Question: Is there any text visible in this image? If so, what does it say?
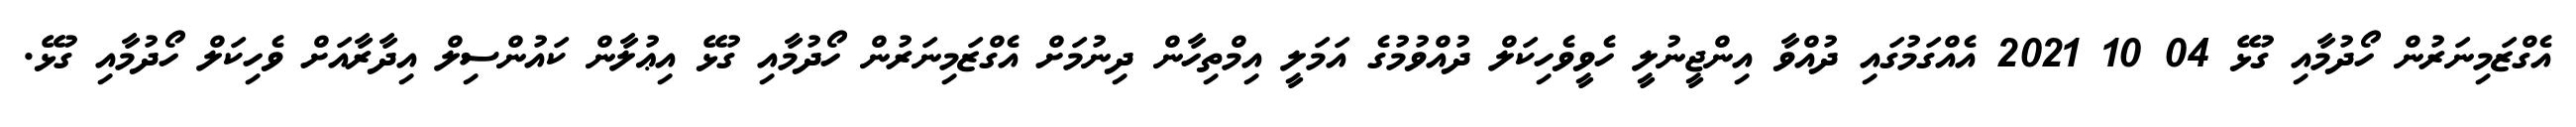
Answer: އެގްޒަމިނަރުން ހޯދުމާއި ގުޅޭ 04 10 2021 އެއްގަމުގައި ދުއްވާ އިންޖީނުލީ ހެވީވެހިކަލް ދުއްވުމުގެ އަމަލީ އިމްތިހާން ދިނުމަށް އެގްޒަމިނަރުން ހޯދުމާއި ގުޅޭ އިޢުލާން ކައުންސިލް އިދާރާއަށް ވެހިކަލް ހޯދުމާއި ގުޅޭ.